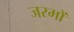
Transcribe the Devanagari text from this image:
जरमों